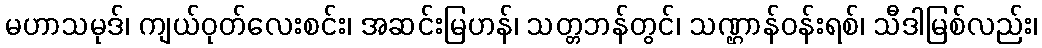
မဟာသမုဒ်၊ ကျယ်ဝုတ်လေးစင်း၊ အဆင်းမြဟန်၊ သတ္တဘန်တွင်၊ သဏ္ဌာန်ဝန်းရစ်၊ သီဒါမြစ်လည်း၊